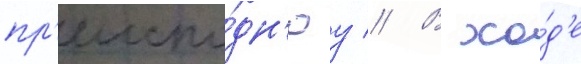
пр'еиспо́дн'юу // В хо́д'е